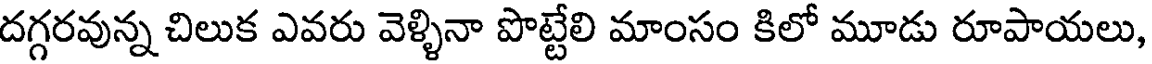
దగ్గరవున్న చిలుక ఎవరు వెళ్ళినా పొట్టేలి మాంసం కిలో మూడు రూపాయలు,